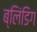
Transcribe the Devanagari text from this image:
ब्लिंडिग